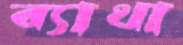
ব্যাথা